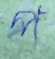
প